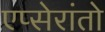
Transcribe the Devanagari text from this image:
एप्सेरांतो